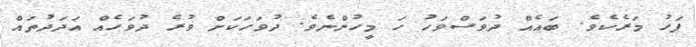
ފަހު މަރެކެވެ. ބައެއް ދުވަސްވަހު ހަ މީހުންނެވެ. ދުވަހަކަށް ވުރެ ދުވަހެއް އަދަދުތައް